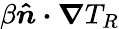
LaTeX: \beta\boldsymbol{\hat{n}\cdot\nabla}T_{R}